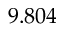
9 . 8 0 4